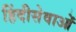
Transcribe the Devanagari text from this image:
हिंदीसेवाओं